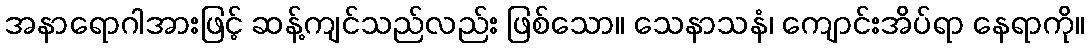
အနာရောဂါအားဖြင့် ဆန့်ကျင်သည်လည်း ဖြစ်သော။ သေနာသနံ၊ ကျောင်းအိပ်ရာ နေရာကို။